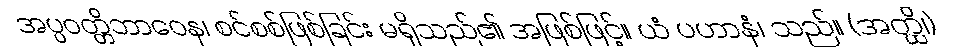
အပ္ပဝတ္တိဘာဝေန၊ စင်စစ်ဖြစ်ခြင်း မရှိသည်၏ အဖြစ်ဖြင့်။ ယံ ပဟာနံ၊ သည်။ (အတ္ထိ၊)